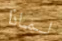
لماذا